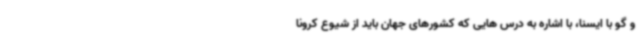
و گو با ایسنا، با اشاره به درس هایی که کشورهای جهان باید از شیوع کرونا